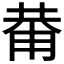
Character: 𱰞